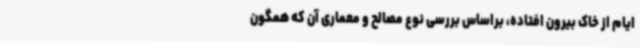
ایام از خاک بیرون افتاده، براساس بررسی نوع مصالح و معماری آن که همگون